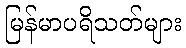
မြန်မာပရိသတ်များ